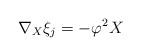
LaTeX: \begin{align*}\nabla _{X}\xi _{j}=-\varphi ^{2}X\end{align*}